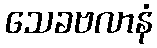
သေခဗလာနံ